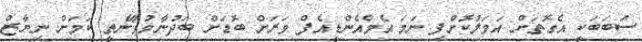
ސަބަބަކީ އެގޮތަށް އަމަލުކޮށްފި ނަމަ އެމްއެންޑީއެފް ވަރަށް ބޮޑަށް ބަދުނާމުވާނެތީ ކަމަށް ނިޔާޒް